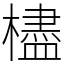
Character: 㯸